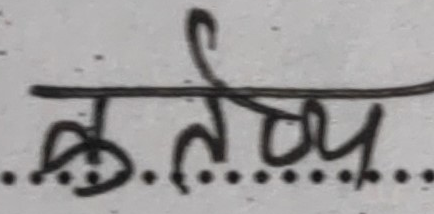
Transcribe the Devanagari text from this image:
कर्तब्य